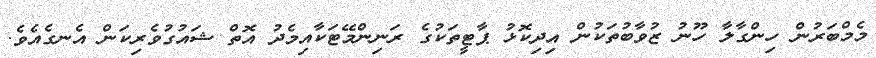
މެމްބަރުން ހިންގާލާ ހޫނު ޒުވާބުތަކުން އިދިކޮޅު ޕާޓީތަކުުގެ ރަނިންމޭޓަކާއިމެދު އޮތް ޝައުގުވެރިކަން އެނގެއެވެ.